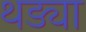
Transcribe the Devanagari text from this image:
थड्या